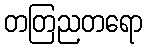
တတြညတရော